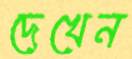
দেখেন